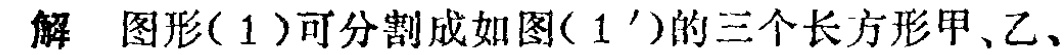
解 图形(1)可分割成如图(1$^{\prime}$)的三个长方形甲、乙、